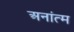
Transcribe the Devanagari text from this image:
अनांत्म